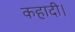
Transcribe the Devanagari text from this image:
कहादी।